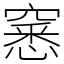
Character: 窸